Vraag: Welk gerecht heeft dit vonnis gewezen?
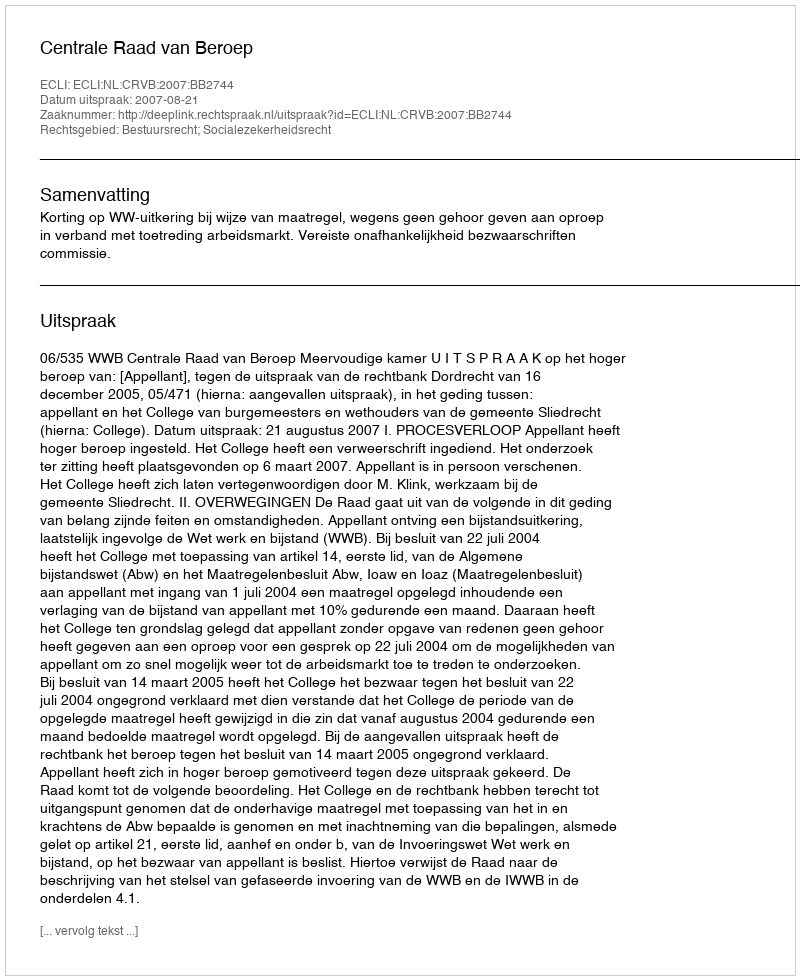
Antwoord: Centrale Raad van Beroep